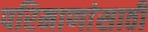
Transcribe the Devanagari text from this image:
परिमाणांसाठी